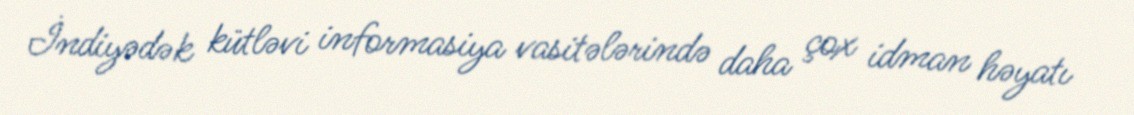
İndiyədək kütləvi informasiya vasitələrində daha çox idman həyatı